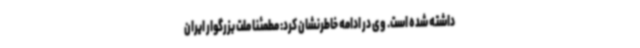
داشته شده است. وی در ادامه خاطرنشان کرد: مطمئنا ملت بزرگوار ایران